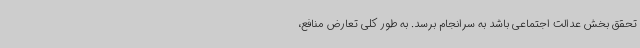
تحقق بخش عدالت اجتماعی باشد به سرانجام برسد. به طور کلی تعارض منافع،